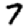
Digit: 7